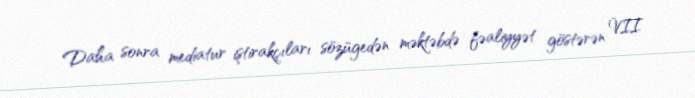
Daha sonra mediatur iştirakçıları sözügedən məktəbdə fəaliyyət göstərən VII